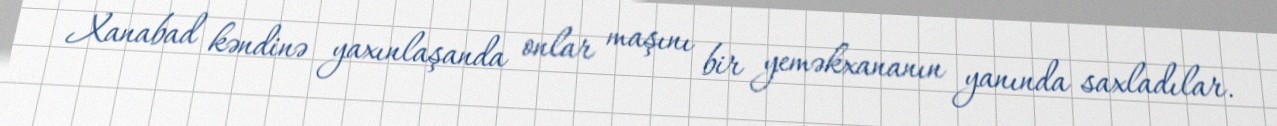
Xanabad kəndinə yaxınlaşanda onlar maşını bir yeməkxananın yanında saxladılar.